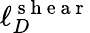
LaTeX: \ell_{D}^{\mathrm{~s~h~e~a~r~}}